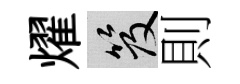
燿笈則